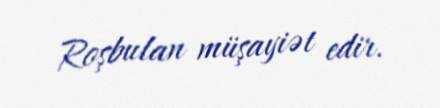
Roşbulan müşayiət edir.